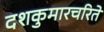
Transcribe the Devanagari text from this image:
दशकुमारचरिते